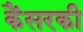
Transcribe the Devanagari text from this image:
कैंसरकी